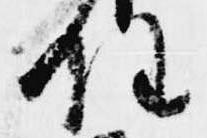
任